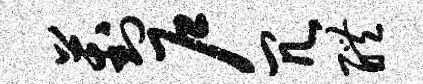
葑户冗醴